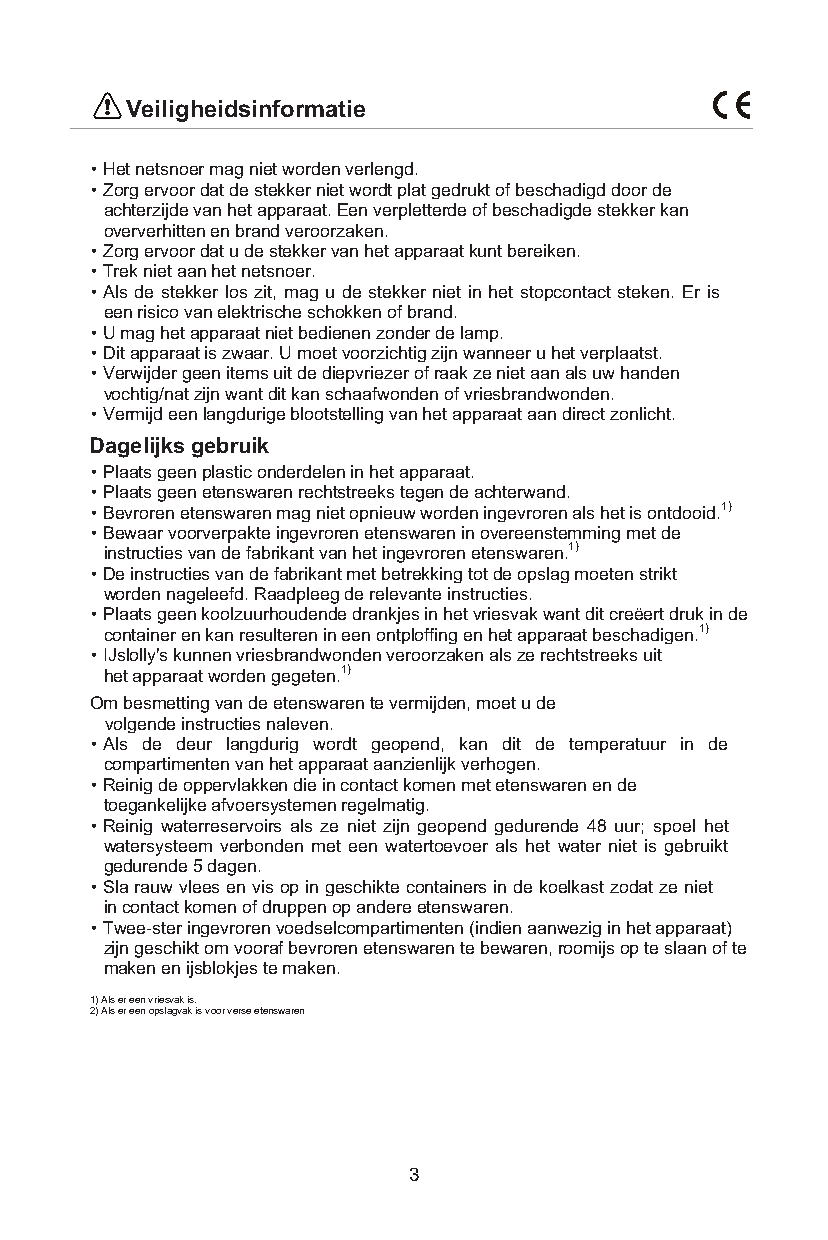
Veiligheidsinformatie
 • Het netsnoer mag niet worden verlengd.
 • Zorg ervoor dat de stekker niet wordt plat gedrukt of beschadigd door de
 achterzijde van het apparaat. Een verpletterde of beschadigde stekker kan
 oververhitten en brand veroorzaken.
 • Zorg ervoor dat u de stekker van het apparaat kunt bereiken.
 • Trek niet aan het netsnoer.
 • Als de stekker los zit, mag u de stekker niet in het stopcontact steken. Er is
 een risico van elektrische schokken of brand.
 • U mag het apparaat niet bedienen zonder de lamp.
 • Dit apparaat is zwaar. U moet voorzichtig zijn wanneer u het verplaatst.
 • Verwijder geen items uit de diepvriezer of raak ze niet aan als uw handen
 vochtig/nat zijn want dit kan schaafwonden of vriesbrandwonden.
 • Vermijd een langdurige blootstelling van het apparaat aan direct zonlicht.
 Dagelijks gebruik
 • Plaats geen plastic onderdelen in het apparaat.
 • Plaats geen etenswaren rechtstreeks tegen de achterwand.
 • Bevroren etenswaren mag niet opnieuw worden ingevroren als het is ontdooid.1)
 • Bewaar voorverpakte ingevroren etenswaren in overeenstemming met de
 instructies van de fabrikant van het ingevroren etenswaren.1)
 • De instructies van de fabrikant met betrekking tot de opslag moeten strikt
 worden nageleefd. Raadpleeg de relevante instructies.
 • Plaats geen koolzuurhoudende drankjes in het vriesvak want dit creëert druk in de
 container en kan resulteren in een ontploffing en het apparaat beschadigen.1)
 • IJslolly's kunnen vriesbrandwonden veroorzaken als ze rechtstreeks uit
 het apparaat worden gegeten.1)
 Om besmetting van de etenswaren te vermijden, moet u de
 volgende instructies naleven.
 • Als de deur langdurig wordt geopend, kan dit de temperatuur in de
 compartimenten van het apparaat aanzienlijk verhogen.
 • Reinig de oppervlakken die in contact komen met etenswaren en de
 toegankelijke afvoersystemen regelmatig.
 • Reinig waterreservoirs als ze niet zijn geopend gedurende 48 uur; spoel het
 watersysteem verbonden met een watertoevoer als het water niet is gebruikt
 gedurende 5 dagen.
 • Sla rauw vlees en vis op in geschikte containers in de koelkast zodat ze niet
 in contact komen of druppen op andere etenswaren.
 • Twee-ster ingevroren voedselcompartimenten (indien aanwezig in het apparaat)
 zijn geschikt om vooraf bevroren etenswaren te bewaren, roomijs op te slaan of te
 maken en ijsblokjes te maken.
 1) Als er een vriesvak is.
 2) Als er een opslagvak is voor verse etenswaren
 3